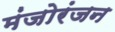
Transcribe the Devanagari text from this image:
मंजोरंजन